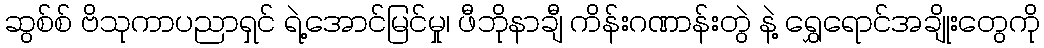
ဆွစ်စ် ဗိသုကာပညာရှင် ရဲ့အောင်မြင်မှု၊ ဖီဘိုနာချီ ကိန်းဂဏာန်းတွဲ နဲ့ ရွှေရောင်အချိုးတွေကို